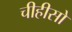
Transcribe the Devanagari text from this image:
चीहीसो